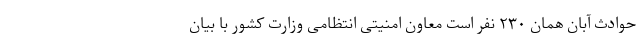
حوادث آبان همان ۲۳۰ نفر است معاون امنیتی انتظامی وزارت کشور با بیان